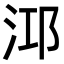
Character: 𪵹